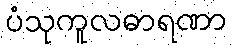
ပံသုကူလဓာရဏာ